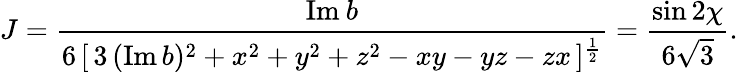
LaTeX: J=\frac{\mathrm{Im}\: b}{6\, [\, 3\, (\mathrm{Im}\, b)^{2}+x^{2}+y^{2}+z^{2}-xy-yz-zx\, ]^{\frac{1}{2}}}=\frac{\sin 2\chi}{6\sqrt{3}}.